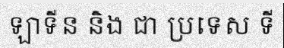
ឡាទីន និង ជា ប្រទេស ទី